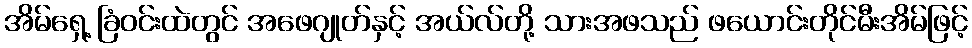
အိမ်ရှေ့ ခြံဝင်းထဲတွင် အဖေဂျုတ်နှင့် အယ်လ်တို့ သားအဖသည် ဖယောင်းတိုင်မီးအိမ်ဖြင့်